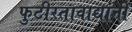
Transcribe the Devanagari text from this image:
फुटीरतावाद्यांनी